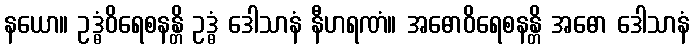
နယော။ ဥဒ္ဓံဝိရေစနန္တိ ဥဒ္ဓံ ဒေါသာနံ နီဟရဏံ။ အဓောဝိရေစနန္တိ အဓော ဒေါသာနံ